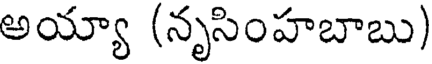
అయ్యా (నృసింహబాబు)